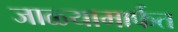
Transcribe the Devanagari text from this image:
जाळ्यामार्फत